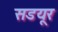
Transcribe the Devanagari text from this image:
सडयूर